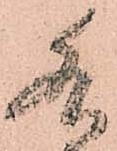
水